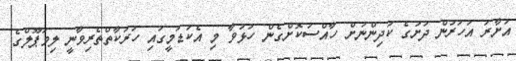
އަށާރަ އަހަރުން ދަށުގެ ކުދިންނަށް ހާއްސަކޮށްގެން ހުޅުވާ މި އެކަޑަމީގައި ހަރަކާތްތެރިވާނީ ލިވަޕޫލްގެ